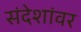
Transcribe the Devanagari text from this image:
संदेशांवर